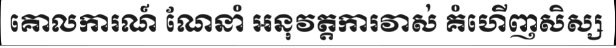
គោលការណ៍ ណែនាំ អនុវត្តការវាស់ គំហើញសិស្ស